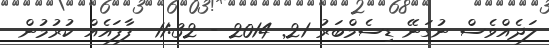
ލަދެއްވެސް ނުގަނޭ ޑިސެމްބަރު 21